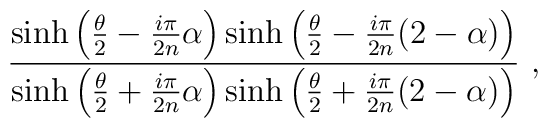
{\sinh\left({\theta\over2}-{i\pi\over2 n}\alpha\right)\sinh\left({\theta\over2}-{i\pi\over2 n}(2-\alpha)\right)\over\sinh\left({\theta\over2}+{i\pi\over2 n}\alpha\right)\sinh\left({\theta\over2}+{i\pi\over2 n}(2-\alpha)\right)} \ ,